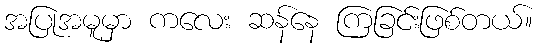
အပြုအမူမှာ ကလေး ဆန်နေ ကြခြင်းဖြစ်တယ်။